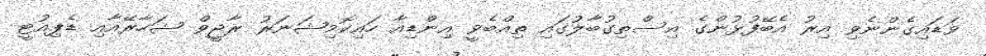
ވަޑައިގެންނެވި އިރު އެބޭފުޅުންގެ އިސްތިގުބާލުގައި ތިއްބެވީ އިންޑިއާ ހައިކޮމިޝަނަރު ރާޖީވް ޝަހާރޭއާއި ޑެޕިއުޓީ